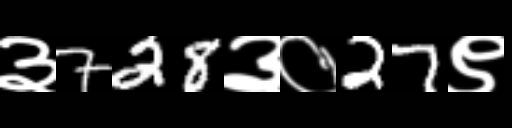
Text: ३728३०27९